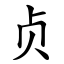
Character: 贞